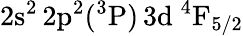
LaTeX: \mathrm{2s^{2}\, 2p^{2}(^{3}P)\, 3d~^{4}F_{5/2}}